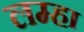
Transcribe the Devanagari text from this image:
लम्हा